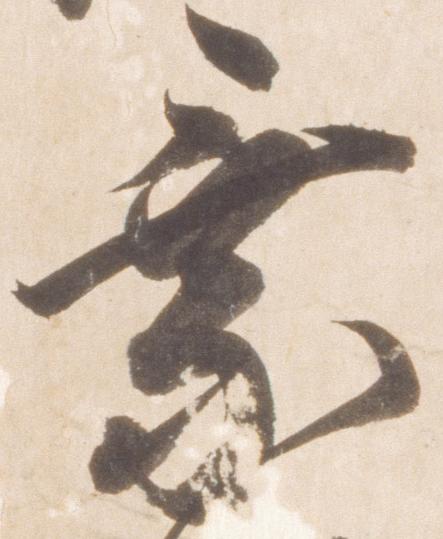
乗